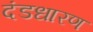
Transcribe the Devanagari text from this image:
दंडधारण